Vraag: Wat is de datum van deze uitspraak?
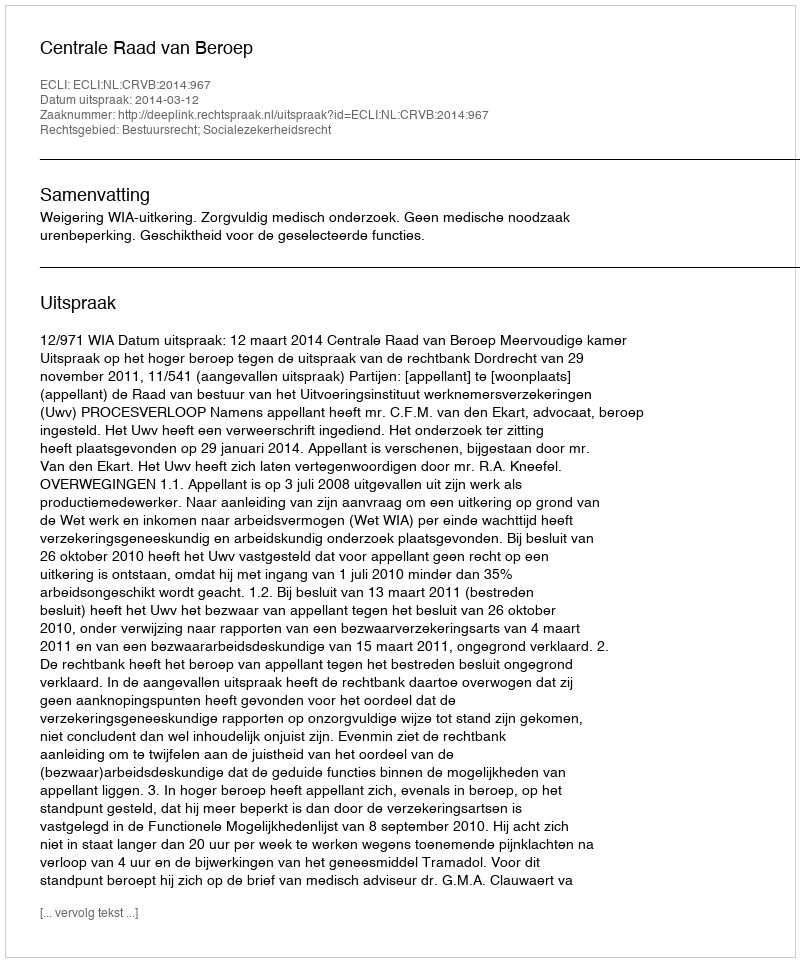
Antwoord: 2014-03-12